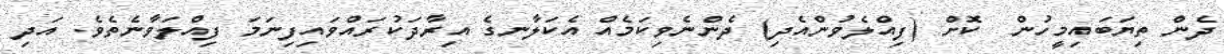
ދެން ތިޔަބައިމީހުން  ކޮށް (ފިއްލެވުންއެދި) ދެންނެވިކަމެއް އެކަލާނގެ އިރާދަކުރައްވައިފިނަމަ ފިއްލަވާނެތެވެ. އަދި